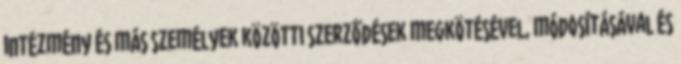
intézmény és más személyek közötti szerződések megkötésével, módosításával és